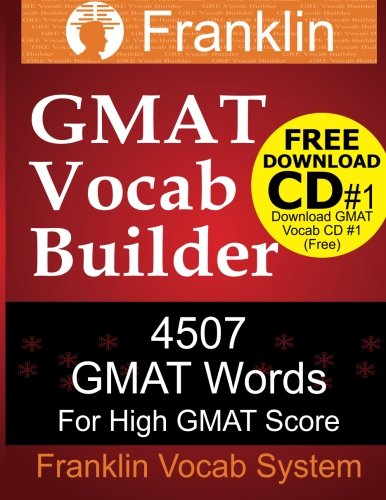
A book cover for Franklin GMAT Vocab Builder: 4507 GMAT Words For High GMAT Score: FREE Download CD #1 of 22 CDs of GMAT Vocabulary; Franklin Vocab System; Test Preparation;